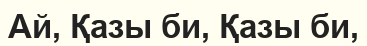
Ай, Қазы би, Қазы би,